Report on vaccination in the Province of Bengal - 1869-1873
Year: 1869
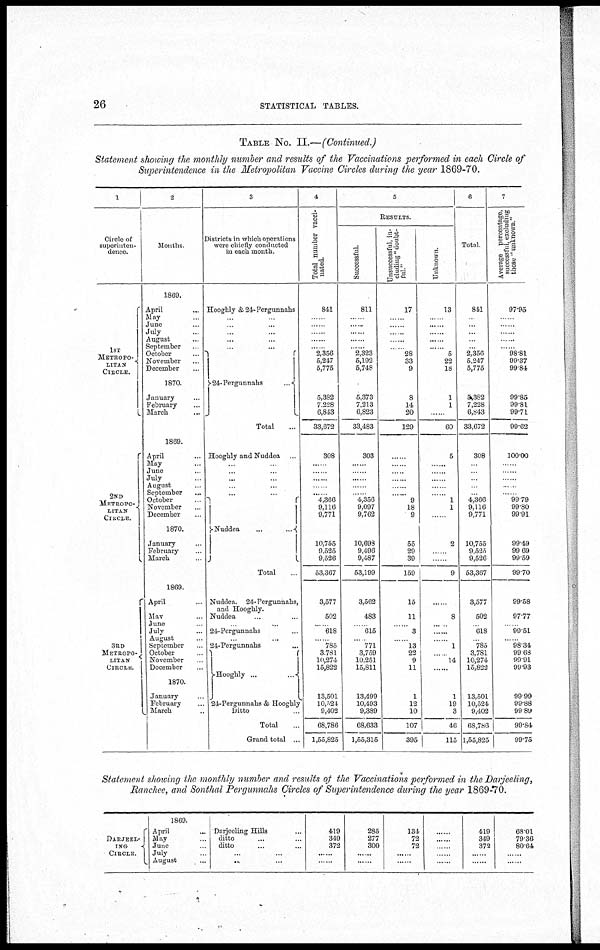
26
STATISTICAL TABLES.
TABLE No. II.—(Continued.)
Statement showing the monthly number and results of the Vaccinations performed in each Circle of
Superintendence in the Metropolitan Vaccine Circles during the year 1869-70.
1
Circle of
superinten-
dence.
1ST
METROPO-
LITAN
CIRCLE.
2ND
METROPO-
LITAN
CIRCLE.
3RD
METROPO-
LITAN
CIRCLE.
2
Months
1869.
April ...
May ...
June ...
July ...
August ...
September ...
October ...
November ...
December ...
1870.
January
February
March ...
1869.
April ...
May ...
June ...
July ...
August ...
September ...
October ...
November ...
December ...
1870.
January ...
February ...
March ...
1869.
April ...
May ...
June ...
July ...
August ...
September ...
October ...
November ...
December ...
1870.
January ...
February ...
March ...
3
Districts in which operations
were chiefly conducted
in each month.
Hooghly &24-Pergunnahs
... ...
... ...
.. ...
... ...
...
...
24-Pergunnahs
...
Total ...
Hooghly and Nuddea ...
......
... ...
...
...
... ...
... ...
Nuddea
...
...
Total ...
Nuddea, 24-Pergunnahs,
and Hooghly.
Nuddea ... ...
... ...
24-Pergunnahs ...
...
...
24-Pergunnahs ...
Hooghly ... ...
24-Pergunnahs & Hooghly
Ditto ...
Total ...
Grand total ...
4
Total number vacci-
nated.
841
......
......
......
......
..... 2,356
5,247
5,775
5,382
7,228
6,843
33,672
308
......
......
......
......
......
4,366
9,116
9,771
10,755
9,525
9,526
53,367
3,577
502
......
618
......
785
3,781
10,274
15,822
13,501
10,524
9,402
68,786
1,55,825
5
Results.
Successful.
811
......
......
......
......
......
2,323
5,192
5,748
5,373
7,213
6,823
33,483
303
......
......
......
......
......
4,356
9,097
9,762
10,698
9,496
9,487
53,199
3,562
483
......
615
......
771
3,759
10,251
15,811
13,499
10,493
9,389
68,633
1,55,315
Unsuccessful, in-
cluding "doubt-
ful"
17
......
......
......
......
......
28
33
9
8
14
20
129
......
......
......
......
......
......
9
18
9
55
29
39
159
15
11
......
3
......
13
22
9
11
1
12
10
107
395
Unknown.
13
......
......
......
......
......
5
22
18
1
1
......
60
5
......
......
......
......
......
1
1
......
2
......
......
9
......
8
......
......
......
1
......
14
......
1
19
3
46
115
6
Total.
841
...
...
...
...
...
2,356
5,247
5,775
5,382
7,228
6,843
33,672
308
...
...
...
...
...
4,366
9,116
9,771
10,755
9,525
9,526
53,367
3,577
502
...
618
...
785
3,781
10,274
15,822
13,501
10,524
9,402
68,786
1,55,825
7
Average percentage,
successful, excluding
those '' unknown "
97.95
......
......
......
......
......
98.81
99.37
99.84
99.85
99.81
99.71
99.62
100.00
......
......
......
......
......
99.79
99.80
99.91
99.49
99.69
99.59
99.70
99.58
97.77
......
99.51
......
98.34
99.68
99.91
99.93
99.99
99.88
99.89
99.84
99.75
Statement showing the monthly number and results of the Vaccinations performed in the Darjeeling,
Ranchee, and Sonthal Pergunnahs Circles of Superintendence during the year 1869-70.
DARJEEL-
ING
CIRCLE.
1869.
April ...
May ...
June ...
July ...
August ...
Darjeeling Hills ...
ditto ... ...
ditto ... ...
... ...
... ...
419
349
372
......
......
285
277
300
......
......
134
72
72
......
......
......
......
......
......
......
419
349
372
......
......
68.01
79.36
80.64
......
......